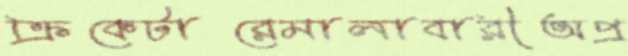
ক্রিকেটারেমালাবারীঅপ্র